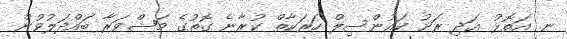
ނ. އަތޮޅު އަދި ރަށު ކައުންސިލް ހަރަކާތް ކުރާނެ ގޮތުގެ މަޝްވަރާ ބައްދަލުވުން